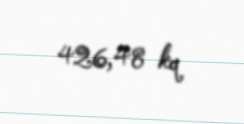
426,48 kq